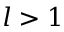
l > 1